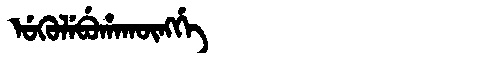
Manchu: ᡠᡴᡠᠯᡝᠪᡠᡥᠠᡴᡡᠩᡤᡝ
Romanization: UKULEBUHAKŪNGGE